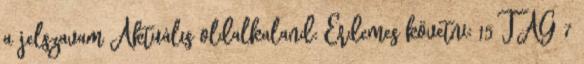
a jelszavam Aktuális oldalkaland: Érdemes követni: 15 TAG 7